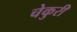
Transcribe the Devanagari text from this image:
चेकुरी